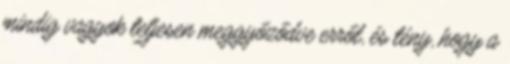
mindig vagyok teljesen meggyőződve erről, és tény, hogy a